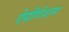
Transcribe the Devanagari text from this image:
ऐग्रीगेशन